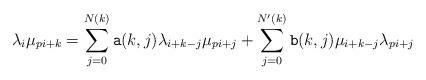
LaTeX: \begin{align*}\lambda_i\mu_{pi+k}=\sum_{j=0}^{N(k)} {\tt a}(k,j)\lambda_{i+k-j}\mu_{pi+j}+\sum_{j=0}^{N'(k)} {\tt b}(k,j)\mu_{i+k-j}\lambda_{pi+j}\end{align*}